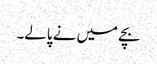
بچے میں نے پالے۔